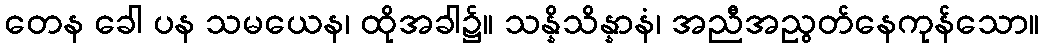
တေန ခေါ ပန သမယေန၊ ထိုအခါ၌။ သန္နိသိန္နာနံ၊ အညီအညွတ်နေကုန်သော။